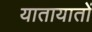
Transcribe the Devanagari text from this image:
यातायातों